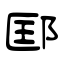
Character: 邼